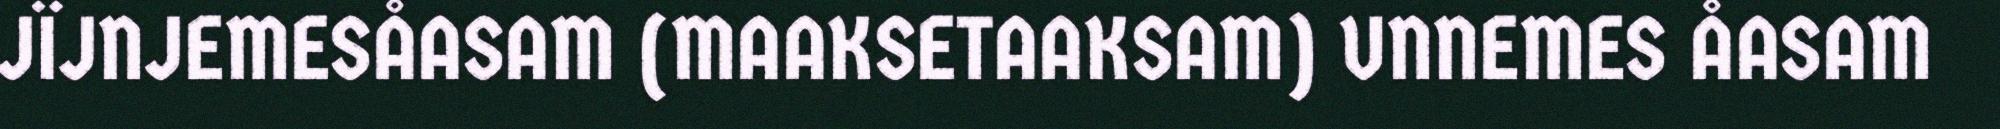
JÏJNJEMESÅASAM (MAAKSETAAKSAM) UNNEMES ÅASAM